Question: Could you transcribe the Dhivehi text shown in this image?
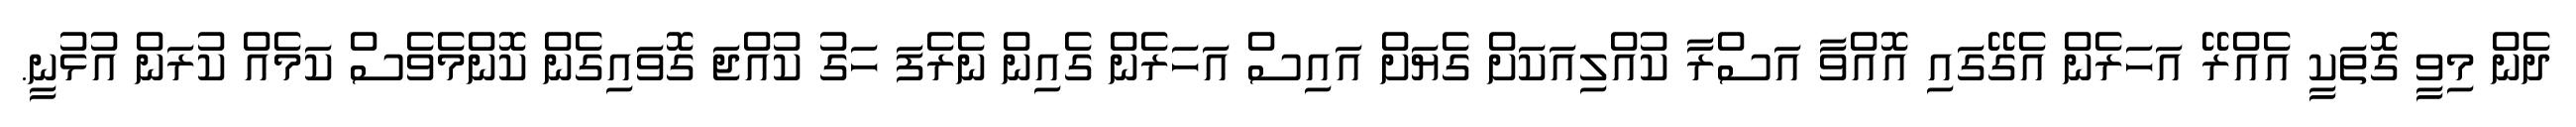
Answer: ދެން މިވީ ގޮތަކީ އެއްރޭ އަހަރެން އެގޭގައި އޮއްވާ އަސްރާ ކުއްލިއަކަށް ގެޔަށް އައިސް އަހަރެން ގެއިން ނެރެފަ ހަގު ކުއްޖަ ގޮވައިގެން ކޮންމެވެސް ކަމެއް ކުރަން އުޅުނީ.